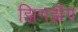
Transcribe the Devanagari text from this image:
झिगझॅग